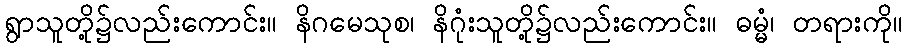
ရွာသူတို့၌လည်းကောင်း။ နိဂမေသုစ၊ နိဂုံးသူတို့၌လည်းကောင်း။ ဓမ္မံ၊ တရားကို။